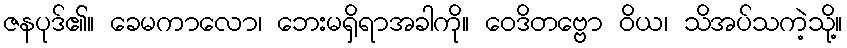
ဇနပုဒ်၏။ ခေမကာလော၊ ဘေးမရှိရာအခါကို။ ဝေဒိတဗ္ဗော ဝိယ၊ သိအပ်သကဲ့သို့။